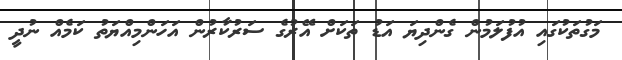
މަގުތަކުގައި އުފުލަމުން ގެންދިޔަ އަޑު ތަކަށް އޭރުގެ ސަރުކާރުން އަހަންމިއްޔަތު ކަމެއް ނުދީ